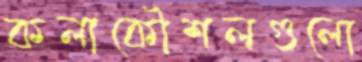
কলাকৌশলগুলো